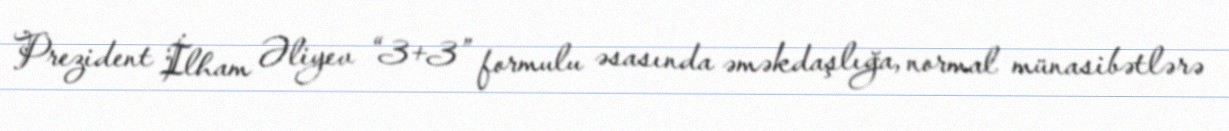
Prezident İlham Əliyev “3+3” formulu əsasında əməkdaşlığa, normal münasibətlərə